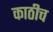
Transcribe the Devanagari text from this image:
काठीच